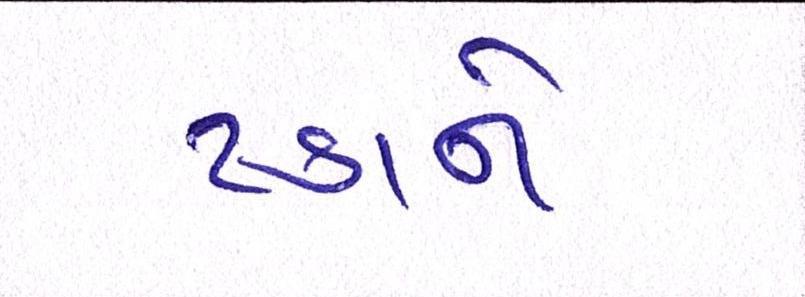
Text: ટકાને